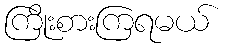
ကြိုးစားကြရမယ်